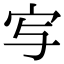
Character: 㝍